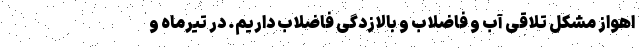
اهواز مشکل تلاقی آب و فاضلاب و بالازدگی فاضلاب داریم. در تیرماه و